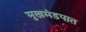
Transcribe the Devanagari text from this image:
मुखमंडपात